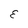
Character: E